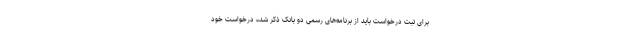
برای ثبت درخواست باید از برنامه‌های رسمی دو بانک ذکر شده درخواست خود